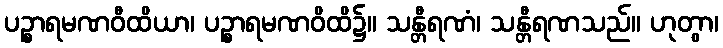
ပဉ္စာရမဏဝီထိယာ၊ ပဉ္စာရမဏဝိထိ၌။ သန္တီရဏံ၊ သန္တီရဏသည်။ ဟုတွာ၊